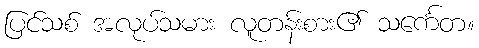
ပြင်သစ် အလုပ်သမား လူတန်းစား၏ သင်္ကေတ။